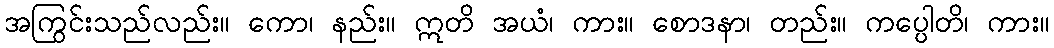
အကြွင်းသည်လည်း။ ကော၊ နည်း။ ဣတိ အယံ၊ ကား။ စောဒနာ၊ တည်း။ ကပ္ပေါတိ၊ ကား။